Annual statistical returns and brief notes on vaccination in Bengal - 1887-1898
Year: 1887
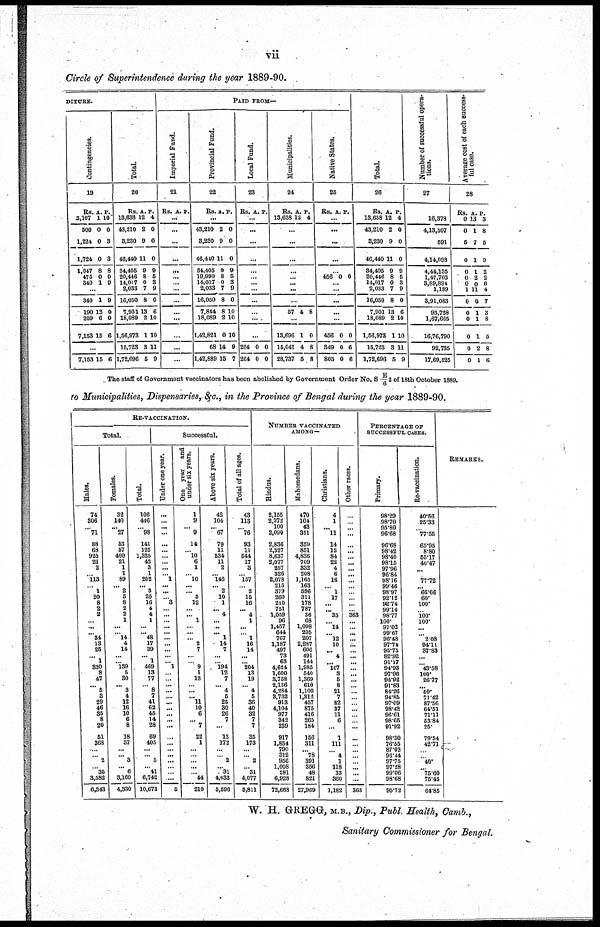
vii
Circle of Superintendence during the year 1889-90.
DITURE.
Contingencies.
19
Rs
3,167
500
1,224
1,724
1,047
475
340
A.
1
0
0
0
8
0 1
P.
10
0
3
3
8
0
9
...
340
190
209
7,163
1
13
6
15
9
0
0
6
...
7,153 15 6
Total.
20
Rs.
13,638
43,210
3,230
46,440
34,405
20,446
14,017
2,033
16,050
7,901
18,089
1,56,973
15,723
1,72,696
A.
12
2
9
11
9
8
0
7
8
13
2
1
3
5
P.
4
0
0
0
9
5
3
9
0
6
10
10
11
9
PAID FROM—
Imperial Fund.
21
Rs. A. P.
...
...
...
...
...
...
...
...
...
...
...
...
...
...
Provincial Fund.
22
Rs. A. P.
...
43,210
3,230
46,440
34,405
19,990
14,017
2,033
16,050
7,844
18,089
1,42,821
68
1,42,889
2
9
11
9
8
0
7
8
8
2
0
14
15
0
0
0
9
5
3
9
0
10
10
10
9
7
Local Fund.
23
Rs. A. P.
...
...
...
...
...
...
...
...
...
...
...
...
264
264
0
0
0
0
Municipalities.
24
Rs.
13,638
A.
12
P.
4
...
...
...
...
...
...
...
...
57 4 8
...
13,696
15,041
28,737
1
4
5
0
8
8
Native States.
25
Rs. A. P.
...
...
...
...
...
456 0 0
...
...
...
...
...
456
349
805
0
0
0
0
6
6
Total.
26
Rs.
13,638
43,210
3,230
46,440
34,405
20,446
14,017
2,033
16,050
7,901
18,089
1,56,973
15,723
1,72,696
A.
12
2
9
11
9
8
0
7
8
13
2
1
3
5
P.
4
0
0
0
9
5
3
9
0
6
10
10
11
9
Number of successful opera-
tions.
27
16,378
4,13,507
591
4,14,098
4,44,135
1,47,703
3,89,894
1,189
3,91,083
95,728
1,67,665
16,76,790
92,735
17,69,525
Average cost of each success-
ful case.
28
Rs.
0
0
5
0
0
0
0
1
0
0
0
0
0
0
A.
13
1
7
1
1
2
0
11
0
1
1
1
2
1
P.
3
8
5
9
2
2
6
4
7
3
8
5
8
6
The staff of Government vaccinators has been abolished by Government Order No. S E/6 2 of 18th October 1889.
to Municipalities, Dispensaries, &c., in the Province of Bengal during the year 1889-90.
RE-VACCINATION.
Total.
Males.
74
306
...
71
88
68
925
21
2
...
113
...
1
20
8
2
2
...
...
...
34
13
25
...
1
330
8
47
... 6
3
29
46
35
8
20
51
368
...
...
2
...
35
3,582
6,343
Females.
32
140
...
27
53
57
400
21
1
1
89
...
2
5
8
2
2
1
...
... 14
4
14
...
... 139
5
30
... 3
4
12
16
10
6
8
18
37
... ... 3
...
6
3,160
4,330
Total.
106
446
...
98
141
125
1,325
42
3
1
202
... 3
25
16
4
4
1
...
... 48
17
39
... 1
469
13
77
... 8
7
41
62
45
14
28
69
405
... ... 5
... 41
6,742 10,673
Successful.
Under one year.
...
...
...
...
...
...
...
...
...
... 1
...
...
...
3
...
...
...
...
...
...
...
...
...
... 1
...
... ...
...
...
...
...
...
...
...
...
...
... ...
...
...
...
...
5
One year
and
under six years.
1
9
... 9
14
... 10
6
1
...
10
...
... 5
12
...
... 1
...
...
... 2
7
...
... 9
1
12
...
...
... 11
10
6
... 7
22
1
... ...
...
...
... 44
210
Above six years.
42
104
... 67
79
11
534
11
2
...
146
... 2
10
1
... 4
...
...
...
1
14
7
...
... 194
12
7
... 4
5
25
30
26
7
...
13
172
... ... 2
... 31
4,033
5,596
Total of all ages.
43
113
...
76
93
11
544
17
3
...
157
...
2
15
16
... 4
1
...
...
1
16
14
...
... 204
13
19
... 4
5
36
40
32
7
7
35
173
...
...
2
... 31
4,077
5,811
NUMBER VACCINATED
AMONG—
Hindus.
2,155
2,372
100
2,090
2,836
2,327
8,637
2,077
257
326
2,078
215
379
260
210
751
1,059
96
1,457
644
767
1,187
497
73
63
4,624
1,600
3,758
2,136
4,284
3,732
913
4,104
977
342
239
917
1,854
790
312
956
1,008
281
6,928
72,668
Mahomedans.
470
104
43
351
359
851
4,836
709
332
208
1,165
163
596
311
178
787
36
68
1,098
295
207
2,287
606
491
144
1,985
540
1,369
610
1,100
1,812
457
875
416
265
184
156
311
...
78
391
356
48
821
27,969
Christians.
4
1
...
11
14
12
84
22
4
6
16
...
1
17
...
...
35
...
14
...
12
10
...
4
...
107
3
5
8
21
7
82
37
11
6
...
1
111
...
4
1
118
33
360
1,182
Other races.
...
...
...
...
...
...
...
...
...
...
...
...
...
...
...
...
363
...
...
...
...
...
...
...
...
...
...
... ...
...
...
...
...
...
...
...
...
...
...
...
...
...
...
...
363
PERCENTAGE OF
SUCCESSFUL CASES.
Primary.
98.29
98.70
95.80
96.68
96.68
98.42
98.40
98.15
97.96
96.84
98.16
99.46
98.97
92.12
92.74
99.14
98.77
100. 97.02
99.67
96.48
97.74
95.75
82.92
91.17
94.93
97.96
94.92
91.83
84.26
94.85
97.09
98.42
96.61
98.65
91.92
98.30
76.55
87.02
96.44
97.75
97.28
99.06
98.68
95.72
Re-vaccination.
40.56
25.33
...
77.55
65.95
8.80
55.17
40.47
...
...
77.72
...
66.66
60.
100.
...
100.
100.
...
...
2.08
94.11
37.83
...
...
43.58
100.
26.77
...
50.
71.42
87.56
64.51
71.11
53.84
25.
79.54
42.71
...
...
40.
...
75.60
75.45
64.85
REMARKS.
W. H. GREGG, M.B., Dip., Publ. Health, Camb.,
Sanitary Commissioner for Bengal.